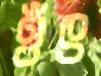
ওঁৎ